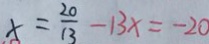
x = \frac { 2 0 } { 1 3 } - 1 3 x = - 2 0